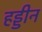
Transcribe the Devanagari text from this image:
हड्डीन